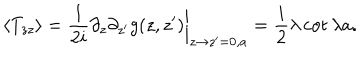
LaTeX: \langle T _ { z z } \rangle = { \frac { 1 } { 2 i } } \partial _ { z } \partial _ { z ^ { \prime } } g ( z , z ^ { \prime } ) \bigg | _ { z \to z ^ { \prime } = 0 , a } = { \frac { i } { 2 } } \lambda \cot \lambda a .